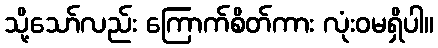
သို့သော်လည်း ကြောက်စိတ်ကား လုံးဝမရှိပါ။